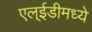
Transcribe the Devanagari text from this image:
एल्ईडीमध्ये